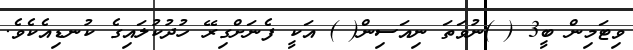
ވިޓަމިން ބީ3 ( )ނުވަތަ ނިއަސިން( ) އަކީ ފެނަށްގިރޭ ހުދުކުލައިގެ ކުނޑިއެކެވެ.